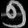
Digit: ၅